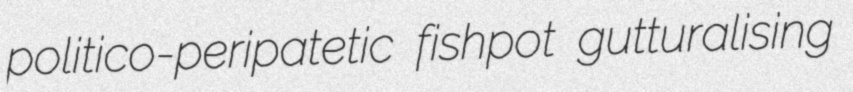
politico-peripatetic fishpot gutturalising